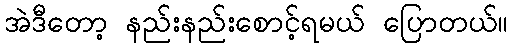
အဲဒီတော့ နည်းနည်းစောင့်ရမယ် ပြောတယ်။